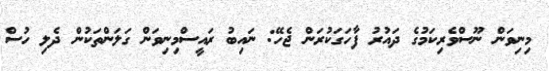
މިނިވަން ނޫސްވެރިކަމުގެ ދައުރު ފާހަގަކުރަން ޖެހޭ: ނައިބު ރައީސްމިނިވަން ގަލަންތަކުން ދެލި ހުސް